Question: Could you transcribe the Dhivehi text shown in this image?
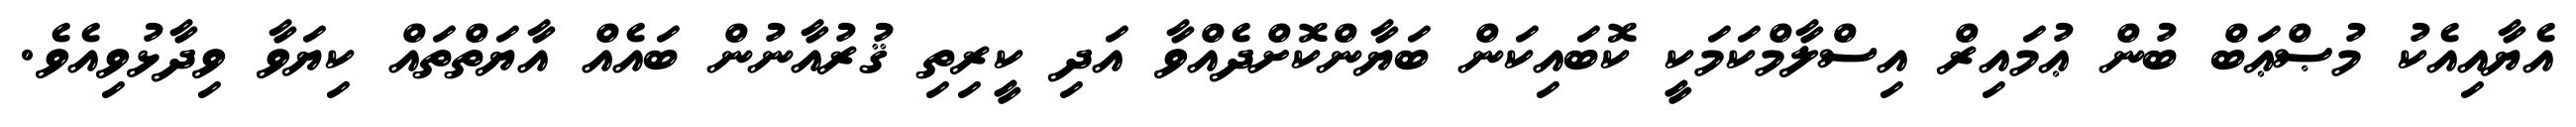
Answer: އެޔާއިއެކު މުޞްޢަބް ބުން ޢުމައިރް އިސްލާމްކަމަކީ ކޮބައިކަން ބަޔާންކޮށްދެއްވާ އަދި ކީރިތި ޤުރުއާނުން ބައެއް އާޔަތްތައް ކިޔަވާ ވިދާޅުވިއެވެ.